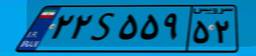
۸۵S۳۸۵۳۰